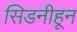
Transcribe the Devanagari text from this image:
सिडनीहून